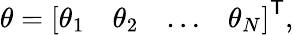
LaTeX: \theta={\left[\begin{array}{llll}{\theta_{1}}&{\theta_{2}}&{\dots}&{\theta_{N}}\end{array}\right]}^{\textsf{T}},